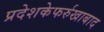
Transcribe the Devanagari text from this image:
प्रदेशकेफर्रुखाबाद